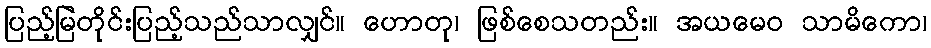
ပြည့်မြဲတိုင်းပြည့်သည်သာလျှင်။ ဟောတု၊ ဖြစ်စေသတည်း။ အယမေဝ သာမိကော၊